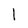
Character: 1